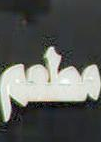
مطعم